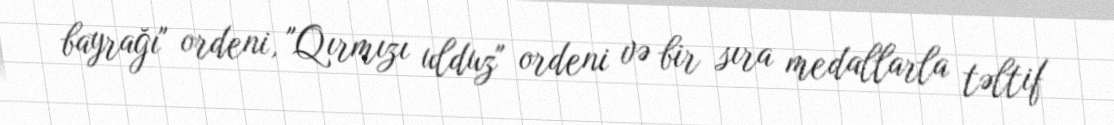
bayrağı" ordeni, "Qırmızı ulduz" ordeni və bir sıra medallarla təltif